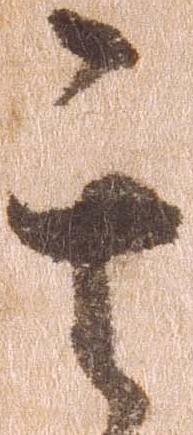
其